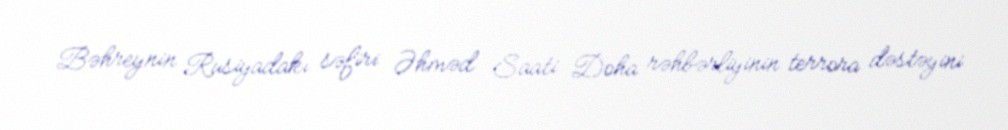
Bəhreynin Rusiyadakı səfiri Əhməd Saati Doha rəhbərliyinin terrora dəstəyini